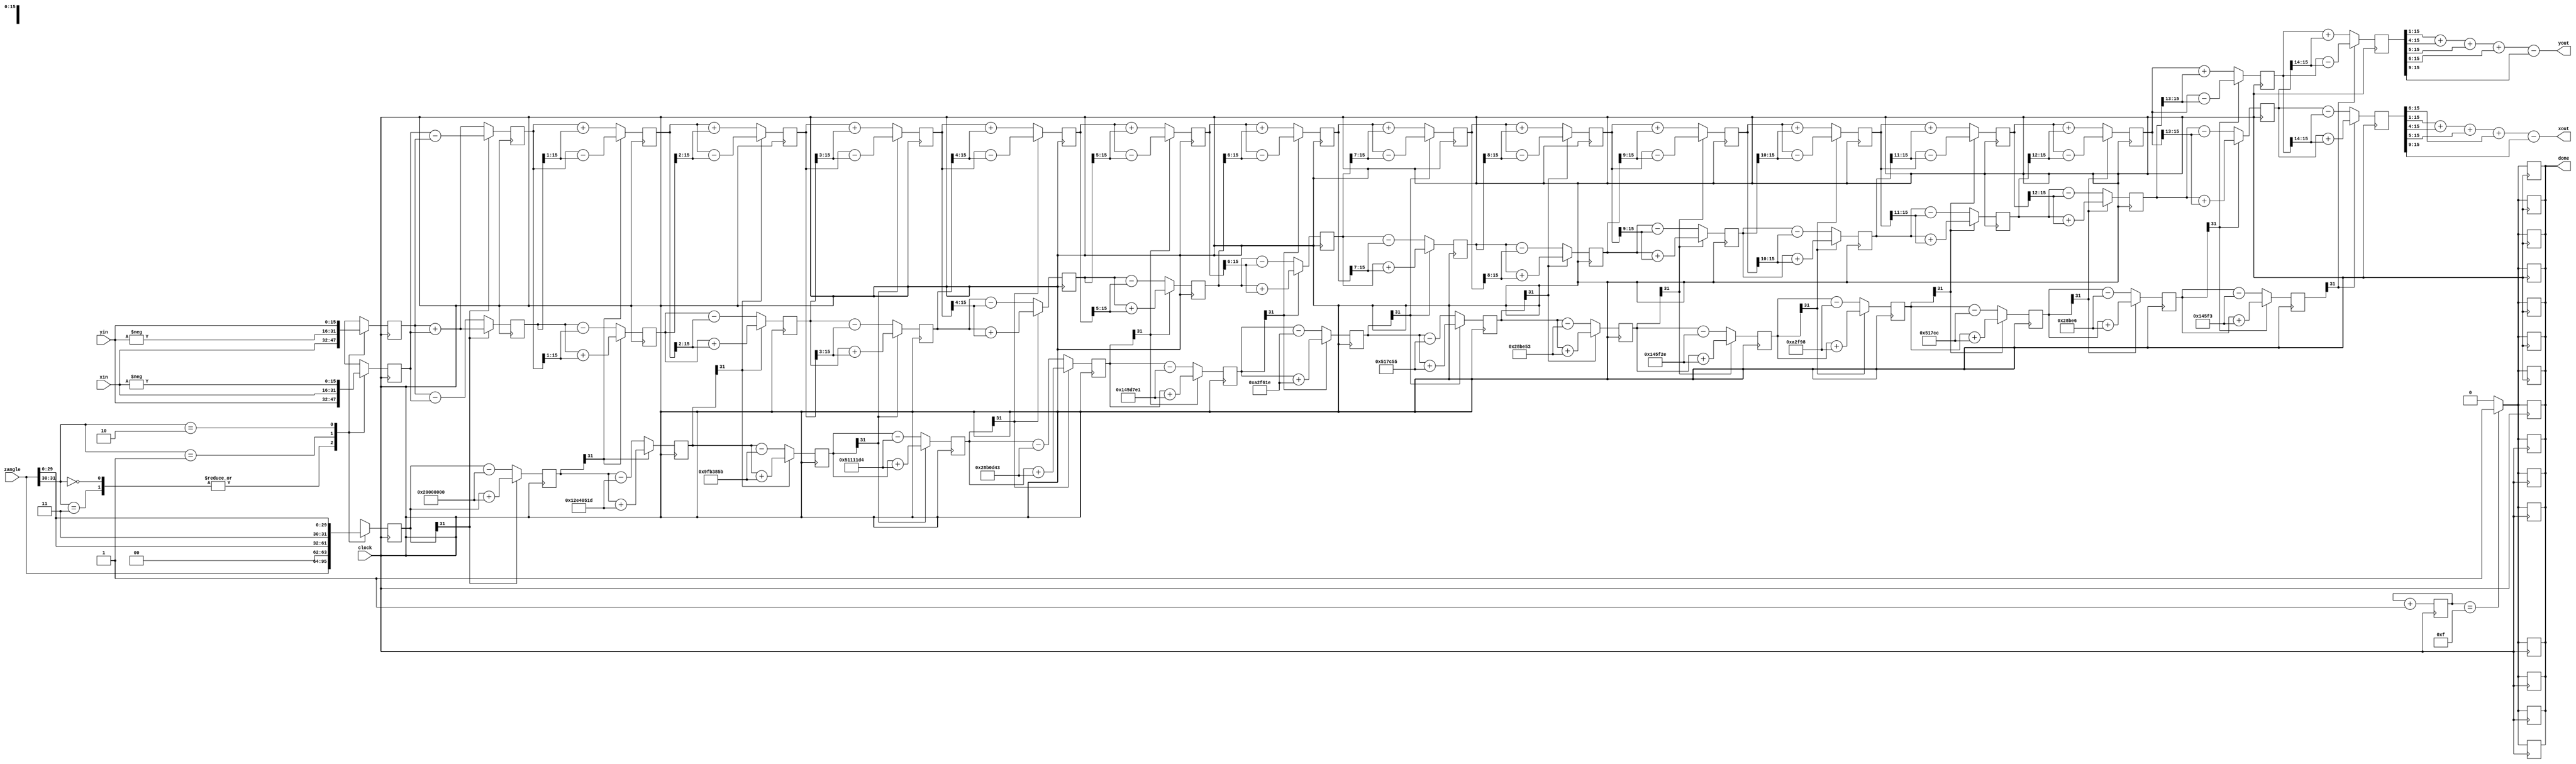
`timescale 1ns / 1ps
//////////////////////////////////////////////////////////////////////////////////
// Company: 
// Engineer: 
// 
// Design Name: 
// Module Name: cordic
// Project Name: 
// Target Devices: 
// Tool Versions: 
// Description: 
// 
// Dependencies: 
// 
// Revision:
// Revision 0.01 - File Created
// Additional Comments:
// 
//////////////////////////////////////////////////////////////////////////////////


module cordic(
    input clock,
    input signed [15:0] xin,
    input signed [15:0] yin,
    input signed [31:0] zangle,
    output signed [15:0] xout,
    output signed [15:0] yout,
    output reg done
    );

reg znext;

wire signed [31:0] atan_table[0:15];


assign atan_table[00] = 'b00100000000000000000000000000000; // 45.000 degree -> atan(2^0)
assign atan_table[01] = 'b00010010111001000000010100011101; // 26.565 degree -> atan(2^-1)
assign atan_table[02] = 'b00001001111110110011100001011011; // 14.036 degree -> atan(2^-2)
assign atan_table[03] = 'b00000101000100010001000111010100;
assign atan_table[04] = 'b00000010100010110000110101000011;
assign atan_table[05] = 'b00000001010001011101011111100001;
assign atan_table[06] = 'b00000000101000101111011000011110;
assign atan_table[07] = 'b00000000010100010111110001010101;
assign atan_table[08] = 'b00000000001010001011111001010011;
assign atan_table[09] = 'b00000000000101000101111100101110;
assign atan_table[10] = 'b00000000000010100010111110011000;
assign atan_table[11] = 'b00000000000001010001011111001100;
assign atan_table[12] = 'b00000000000000101000101111100110;
assign atan_table[13] = 'b00000000000000010100010111110011;
assign atan_table[14] = 'b00000000000000001010001011111001;
assign atan_table[15] = 'b00000000000000000101000101111100;


reg [3:0] out = 4'b0000;

wire [1:0] quad;
assign quad = zangle[31:30];

reg signed [15:0] x [0:15];
reg signed [15:0] y [0:15];
reg signed [31:0] z [0:15]; // col z[rows]

always @(posedge clock)
begin

case(quad)
	2'b00,2'b11:
		begin		    // -90 to 90
		x[0] <= xin;
		y[0] <= yin;
		z[0] <= zangle;
		end
	2'b01:				//subtract 90	(second quadrant)
		begin
		x[0] <= -yin;
		y[0] <= xin;
		z[0] <= {2'b00,zangle[29:0]};
		end
	2'b10:				// add 90 (third quadrant)
		begin
		x[0] <= yin;			
		y[0] <= -xin;
		z[0] <= {2'b11,zangle[29:0]};
		end
		
endcase
end


genvar i;
generate
for (i=0;i<15;i=i+1)
begin

	wire signed [15:0] xshift, yshift;

	assign xshift = x[i] >>> i;        // signed shift right
	assign yshift = y[i] >>> i;

	always @(posedge clock)
		begin
		x[i+1] <= z[i][31] ? x[i]+ yshift:x[i]-yshift;
		y[i+1] <= z[i][31] ? y[i]-xshift:y[i]+xshift;
		z[i+1] <= z[i][31] ? z[i]+atan_table[i]:z[i]-atan_table[i];
        out <= out+1;
        if (out == 4'b1111)
        done = 'b1;
        else
        done = 'b0;
	end
end
endgenerate

assign xout = (x[15]>>>1)+(x[15]>>>4)+(x[15]>>>5)+(x[15]>>>6)-(x[15]>>>9);          //approximation of gain factor to 0.607
assign yout = (y[15]>>>1)+(y[15]>>>4)+(y[15]>>>5)+(y[15]>>>6)-(y[15]>>>9);

endmodule